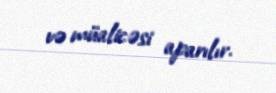
və müalicəsi aparılır.